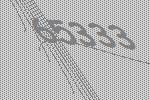
65333